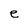
Character: e